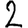
Digit: 2